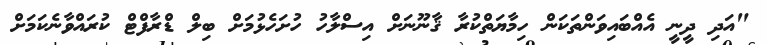
"އަދި ދީނީ އެއްބައިވަންތަކަން ހިމާޔަތްކުރާ ޤާނޫނަށް އިސްލާހު ހުށަހެޅުމަށް ބިލް ޑްރާފްޓް ކުރައްވާނެކަމަށް